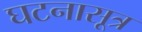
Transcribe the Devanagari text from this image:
घटनासूत्र